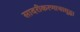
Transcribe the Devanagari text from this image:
सादरीकरणाचासुद्धा